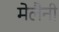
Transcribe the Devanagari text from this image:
मेलैनी